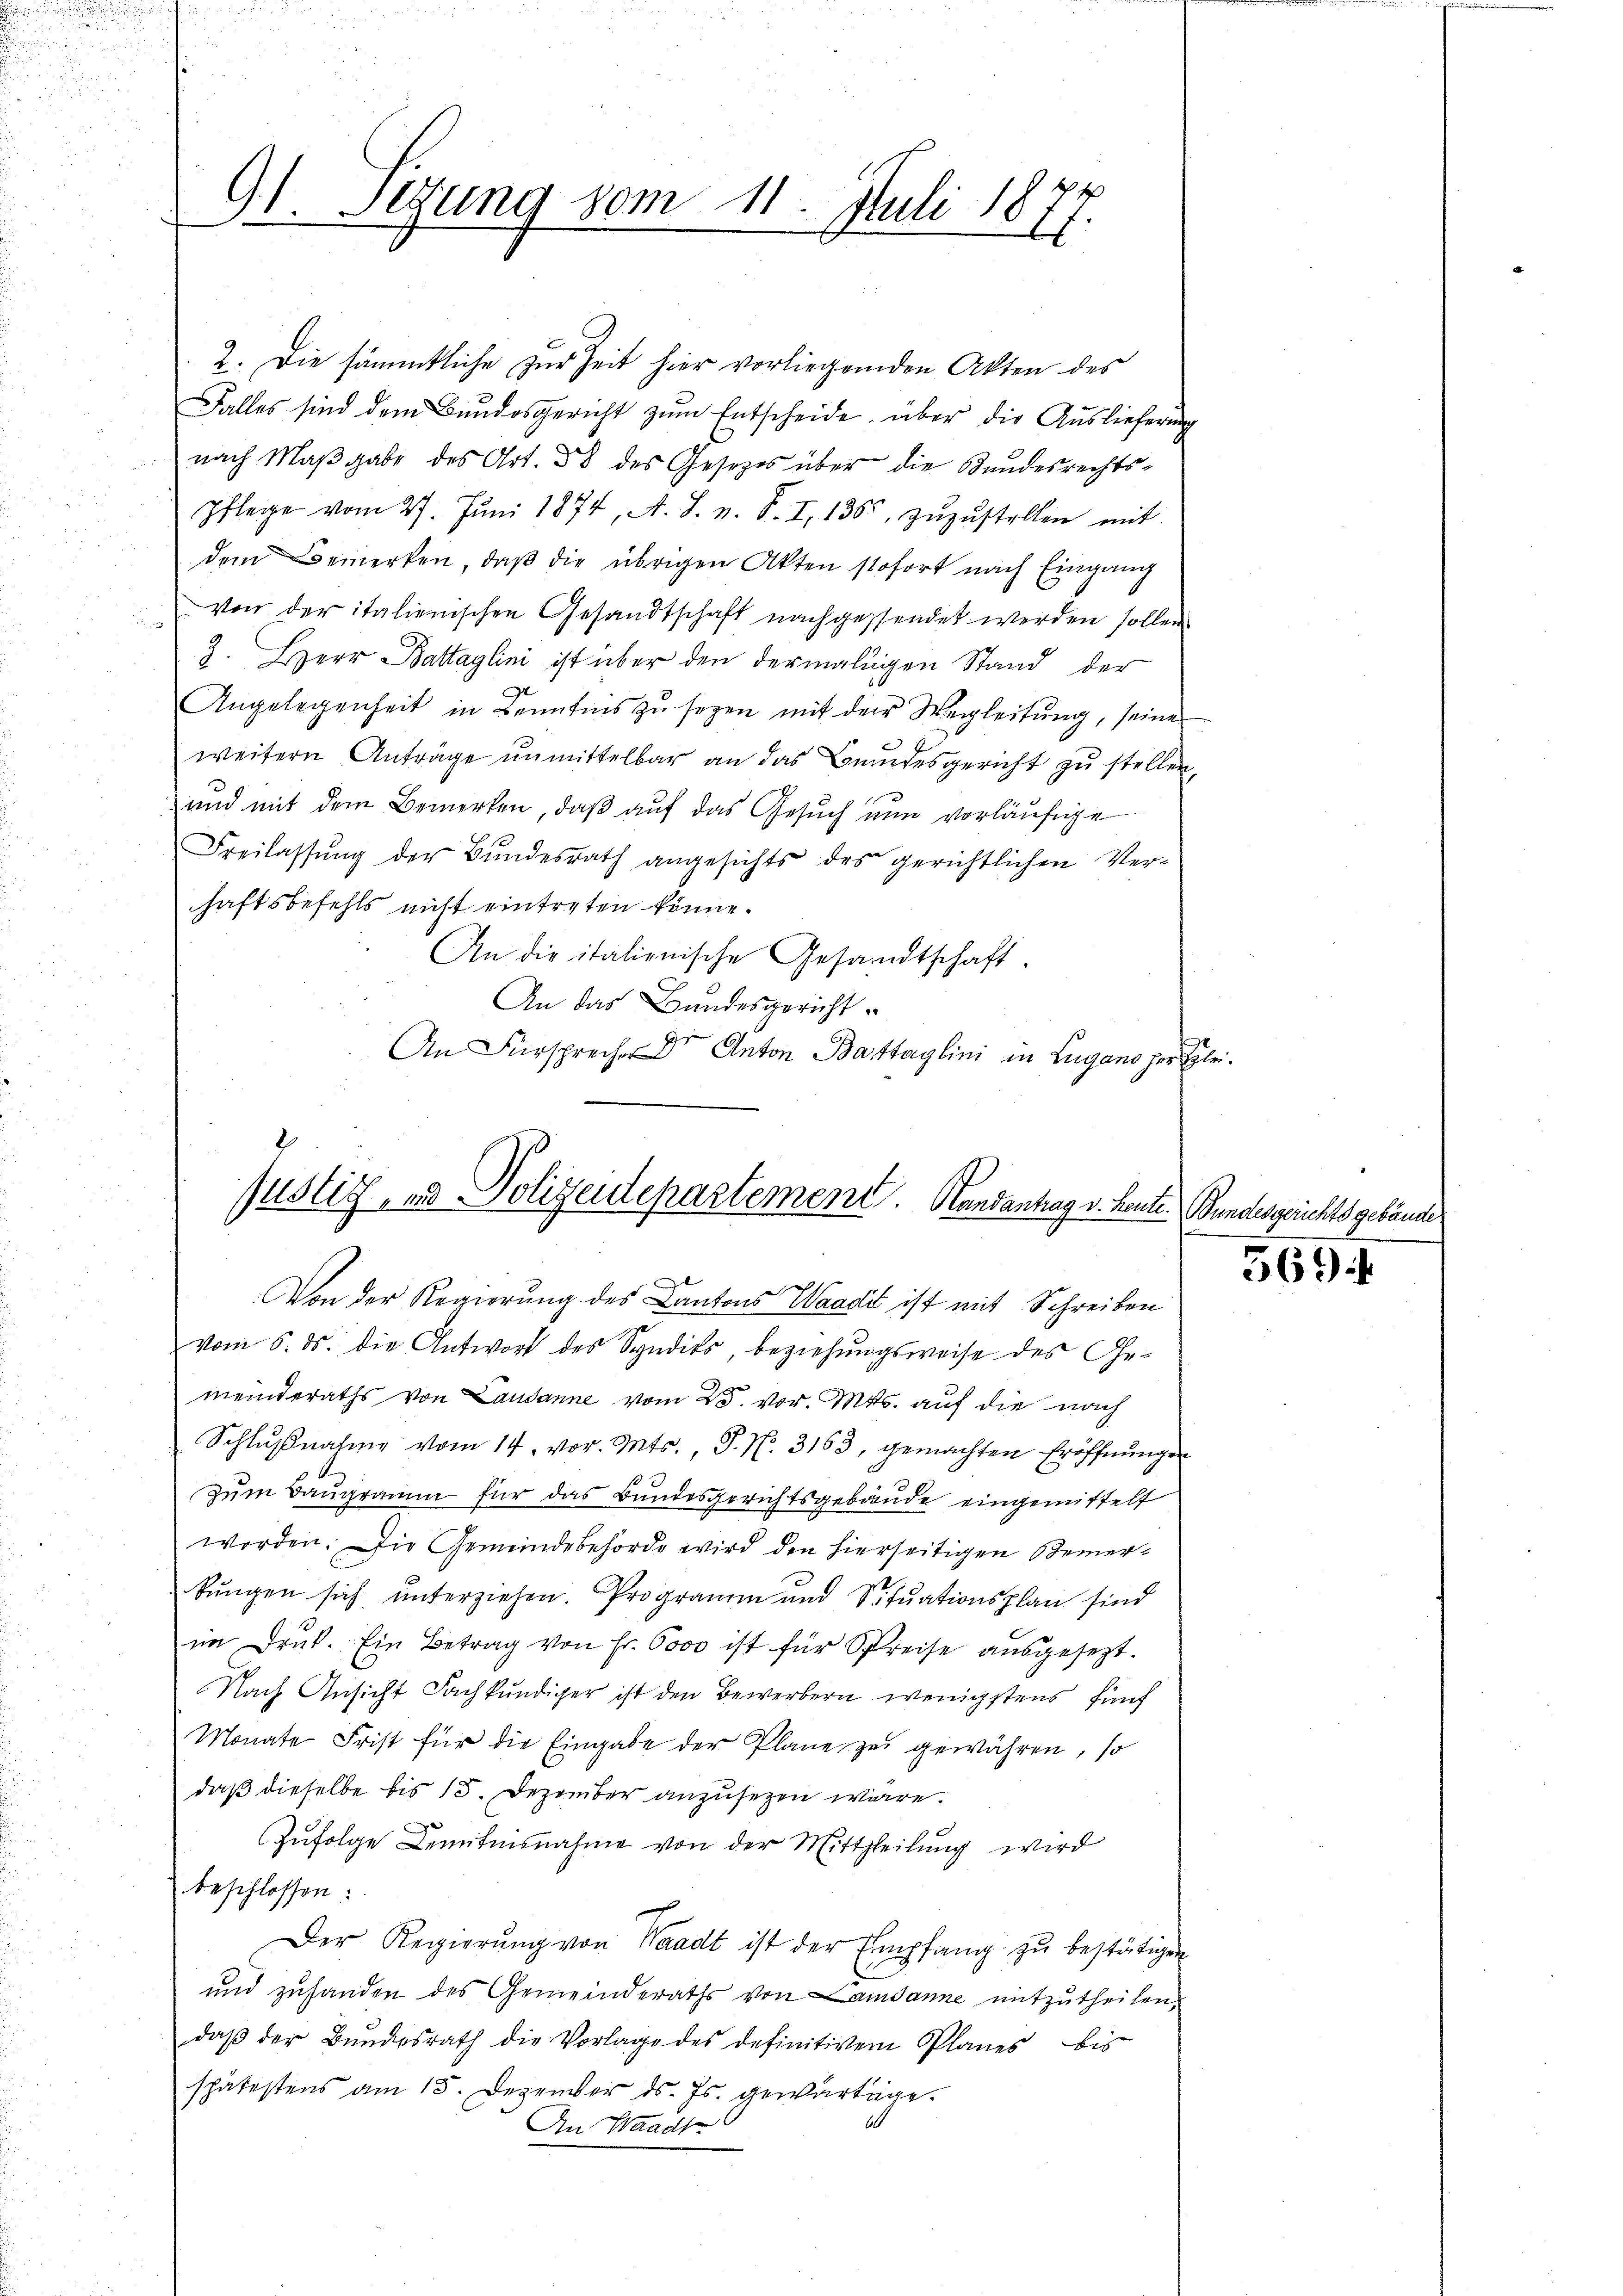
91. Setzung vom 11. Juli 187
8

2. Die sämmtliche zur Zeit hier vorliegenden Akten des
Falles sind dem Bundesgericht zum Entscheide über die Auslieferung
nach Maßgabe des Art. 38 des Gesetzes über die Kundesrechts-
Pflege vom 27. Jŭni 1874, A. S. z. B. I, 136 zŭzŭstellen mit
dem Bemerken, daβ die übrigen Akten stofort nach Eingang
von der italienischen Gesandtschaft nachgessendet werden sollen.
3. Herr Battaglini ist über den dermaligen Stand der
Angelegenheit in Kenntens zu seyen mit der Wegleitung, seine
n
weitern Anträge unmittelbar an das Bundesgericht zu stellen,
und mit dem Bemerken, daß auf das Gesuch nun vorläufige
Freilassŭng der Bundesrath angesichts des gerichtlichen Verhaftsbefehls nicht eintreten könne.
An die italienische Gesandtschaft.
An das Bundesgericht
An Fürsprecher Dr Anton Bastaglini in Lugano der Klei¬

Justiz- und Polizeidepartement Handantrag v. heute.
d
Von der Regierung des Cantons Waadt ist mit Schreiben

e
vom 6. ds. die Antwort des Syndits, beziehungsweise des Gemeinderaths von Lausanne vom 25. vor. Mts. auf die nach
Schlŭβnahme vom 14. vor. Mts. S. N. 3163, gemachten Eröffnungen
zum Baugramm für das Bundesgerichtsgebäude eingemittelt
worden. Die Gemeindebehörde wird den hierseitigen Bemerbŭngen sich ŭnterziehen. Programm und Sitŭationsplan sind
im Druck. Ein Betrag von Fr. 6000 ist für Spreise ausgesezt.
Nach Ansicht Fachkundiger ist den Bewerbern wenigstens fünf
Monate Frist für die Eingabe der Plane zu gewähren, so
daß dieselbe bis 15. Dezember anzusezen wäre.
Zufolge Kenntnisnahme von der Mittheilung wird
beschlossen:
Der Regierŭng von Waadt ist der Empfang zŭ bestätigen
und zuhanden des Gemeinderaths von Landanne mitzutheilen,
daβ der Bŭndesrath die Vorlage des definitivem Planes bis
spätestens am 15. Dezember ds. Js. gewärtige.
b
An Waadt

Bundesgerichtsgebäude

569.